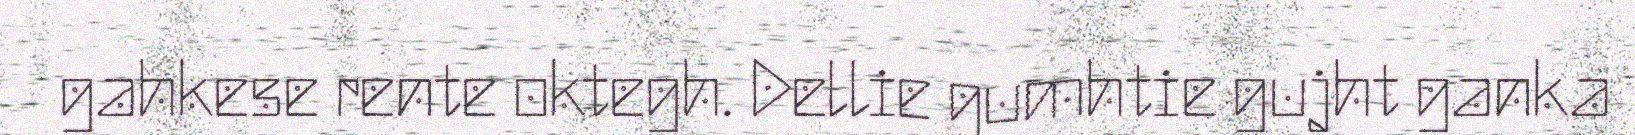
gahkese rente oktegh. Dellie gumhtie gujht ganka